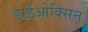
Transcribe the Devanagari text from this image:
डाईओक्सिन